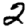
Digit: 2